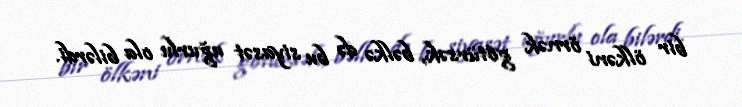
bir ölkəni örnək götürsək, bəlkə də bu siyasət uğurlu ola bilərdi.